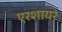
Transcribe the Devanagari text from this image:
एरशायर